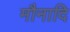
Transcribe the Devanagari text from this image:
मौनादि